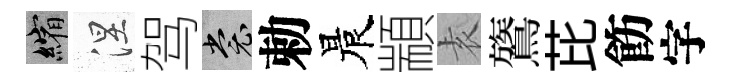
縮涅驾裳勅晨顓𡊮鷟芘飭字